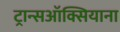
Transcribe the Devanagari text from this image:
ट्रान्सऑक्सियाना